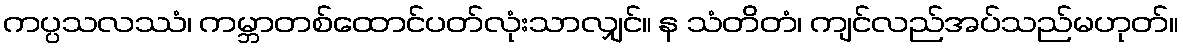
ကပ္ပသလဿံ၊ ကမ္ဘာတစ်ထောင်ပတ်လုံးသာလျှင်။ န သံတိတံ၊ ကျင်လည်အပ်သည်မဟုတ်။